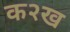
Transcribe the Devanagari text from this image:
क२ख